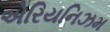
એરિયનિઝમ